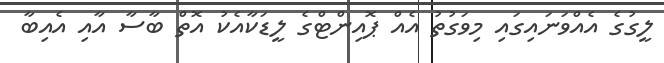
ލީގުގެ އެއްވަނައިގައި މިވަގުތު އެއް ޕޮއިންޓްގެ ލީޑަކާއެކު އޮތް ބާސާ އާއި އެއިބާ